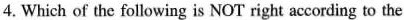
4. Which of the following is NOT right according to the